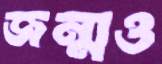
জন্মও